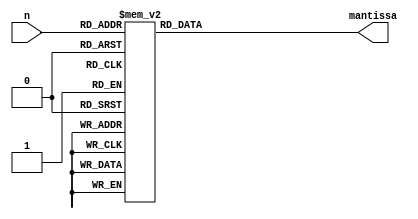
//******************************************
//       Floating RA Look-Up Table 
//******************************************
//
//This file is the look-up table for the initial guess
// of the floating point reciprocol unit
// (because it uses newton-raphson)
//
//The input is the first 7 bits after the MSB of the input mantissa
//the output is the 4 bits after the MSB of the result mantissa

module recip_lut(n, mantissa);

input  wire [6:0] n;
output reg [3:0] mantissa;

always@*
begin
case(n[6:0])
7'b0000000: mantissa = 4'b0000;
7'b0000001: mantissa = 4'b1111;
7'b0000010: mantissa = 4'b1111;
7'b0000011: mantissa = 4'b1111;
7'b0000100: mantissa = 4'b1111;
7'b0000101: mantissa = 4'b1110;
7'b0000110: mantissa = 4'b1110;
7'b0000111: mantissa = 4'b1110;
7'b0001000: mantissa = 4'b1110;
7'b0001001: mantissa = 4'b1101;
7'b0001010: mantissa = 4'b1101;
7'b0001011: mantissa = 4'b1101;
7'b0001100: mantissa = 4'b1101;
7'b0001101: mantissa = 4'b1101;
7'b0001110: mantissa = 4'b1100;
7'b0001111: mantissa = 4'b1100;
7'b0010000: mantissa = 4'b1100;
7'b0010001: mantissa = 4'b1100;
7'b0010010: mantissa = 4'b1100;
7'b0010011: mantissa = 4'b1011;
7'b0010100: mantissa = 4'b1011;
7'b0010101: mantissa = 4'b1011;
7'b0010110: mantissa = 4'b1011;
7'b0010111: mantissa = 4'b1011;
7'b0011000: mantissa = 4'b1010;
7'b0011001: mantissa = 4'b1010;
7'b0011010: mantissa = 4'b1010;
7'b0011011: mantissa = 4'b1010;
7'b0011100: mantissa = 4'b1010;
7'b0011101: mantissa = 4'b1010;
7'b0011110: mantissa = 4'b1001;
7'b0011111: mantissa = 4'b1001;
7'b0100000: mantissa = 4'b1001;
7'b0100001: mantissa = 4'b1001;
7'b0100010: mantissa = 4'b1001;
7'b0100011: mantissa = 4'b1001;
7'b0100100: mantissa = 4'b1000;
7'b0100101: mantissa = 4'b1000;
7'b0100110: mantissa = 4'b1000;
7'b0100111: mantissa = 4'b1000;
7'b0101000: mantissa = 4'b1000;
7'b0101001: mantissa = 4'b1000;
7'b0101010: mantissa = 4'b1000;
7'b0101011: mantissa = 4'b0111;
7'b0101100: mantissa = 4'b0111;
7'b0101101: mantissa = 4'b0111;
7'b0101110: mantissa = 4'b0111;
7'b0101111: mantissa = 4'b0111;
7'b0110000: mantissa = 4'b0111;
7'b0110001: mantissa = 4'b0111;
7'b0110010: mantissa = 4'b0111;
7'b0110011: mantissa = 4'b0110;
7'b0110100: mantissa = 4'b0110;
7'b0110101: mantissa = 4'b0110;
7'b0110110: mantissa = 4'b0110;
7'b0110111: mantissa = 4'b0110;
7'b0111000: mantissa = 4'b0110;
7'b0111001: mantissa = 4'b0110;
7'b0111010: mantissa = 4'b0110;
7'b0111011: mantissa = 4'b0101;
7'b0111100: mantissa = 4'b0101;
7'b0111101: mantissa = 4'b0101;
7'b0111110: mantissa = 4'b0101;
7'b0111111: mantissa = 4'b0101;
7'b1000000: mantissa = 4'b0101;
7'b1000001: mantissa = 4'b0101;
7'b1000010: mantissa = 4'b0101;
7'b1000011: mantissa = 4'b0101;
7'b1000100: mantissa = 4'b0100;
7'b1000101: mantissa = 4'b0100;
7'b1000110: mantissa = 4'b0100;
7'b1000111: mantissa = 4'b0100;
7'b1001000: mantissa = 4'b0100;
7'b1001001: mantissa = 4'b0100;
7'b1001010: mantissa = 4'b0100;
7'b1001011: mantissa = 4'b0100;
7'b1001100: mantissa = 4'b0100;
7'b1001101: mantissa = 4'b0011;
7'b1001110: mantissa = 4'b0011;
7'b1001111: mantissa = 4'b0011;
7'b1010000: mantissa = 4'b0011;
7'b1010001: mantissa = 4'b0011;
7'b1010010: mantissa = 4'b0011;
7'b1010011: mantissa = 4'b0011;
7'b1010100: mantissa = 4'b0011;
7'b1010101: mantissa = 4'b0011;
7'b1010110: mantissa = 4'b0011;
7'b1010111: mantissa = 4'b0011;
7'b1011000: mantissa = 4'b0010;
7'b1011001: mantissa = 4'b0010;
7'b1011010: mantissa = 4'b0010;
7'b1011011: mantissa = 4'b0010;
7'b1011100: mantissa = 4'b0010;
7'b1011101: mantissa = 4'b0010;
7'b1011110: mantissa = 4'b0010;
7'b1011111: mantissa = 4'b0010;
7'b1100000: mantissa = 4'b0010;
7'b1100001: mantissa = 4'b0010;
7'b1100010: mantissa = 4'b0010;
7'b1100011: mantissa = 4'b0010;
7'b1100100: mantissa = 4'b0001;
7'b1100101: mantissa = 4'b0001;
7'b1100110: mantissa = 4'b0001;
7'b1100111: mantissa = 4'b0001;
7'b1101000: mantissa = 4'b0001;
7'b1101001: mantissa = 4'b0001;
7'b1101010: mantissa = 4'b0001;
7'b1101011: mantissa = 4'b0001;
7'b1101100: mantissa = 4'b0001;
7'b1101101: mantissa = 4'b0001;
7'b1101110: mantissa = 4'b0001;
7'b1101111: mantissa = 4'b0001;
7'b1110000: mantissa = 4'b0001;
7'b1110001: mantissa = 4'b0000;
7'b1110010: mantissa = 4'b0000;
7'b1110011: mantissa = 4'b0000;
7'b1110100: mantissa = 4'b0000;
7'b1110101: mantissa = 4'b0000;
7'b1110110: mantissa = 4'b0000;
7'b1110111: mantissa = 4'b0000;
7'b1111000: mantissa = 4'b0000;
7'b1111001: mantissa = 4'b0000;
7'b1111010: mantissa = 4'b0000;
7'b1111011: mantissa = 4'b0000;
7'b1111100: mantissa = 4'b0000;
7'b1111101: mantissa = 4'b0000;
7'b1111110: mantissa = 4'b0000;
7'b1111111: mantissa = 4'b0000;
endcase
end




endmodule